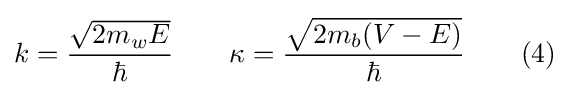
k={\frac {\sqrt {2m_{w}E}}{\hbar }}\quad \quad \kappa ={\frac {\sqrt {2m_{b}(V-E)}}{\hbar }}\quad \quad (4)